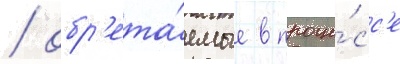
/ обр'ета́емые в проце́сс'е